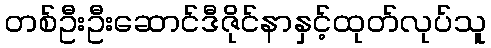
တစ်ဦးဦးဆောင်ဒီဇိုင်နာနှင့်ထုတ်လုပ်သူ